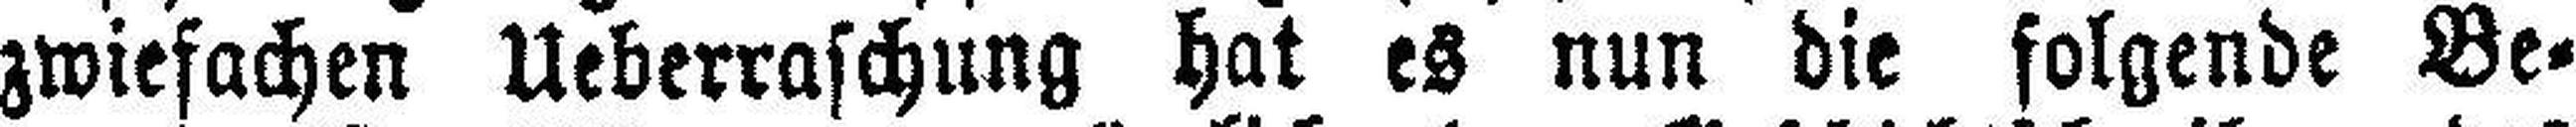
zwiefachen Ueberraschung hat es nun die folgende Be¬